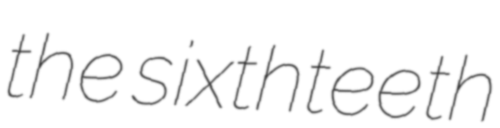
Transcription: the sixthteeth